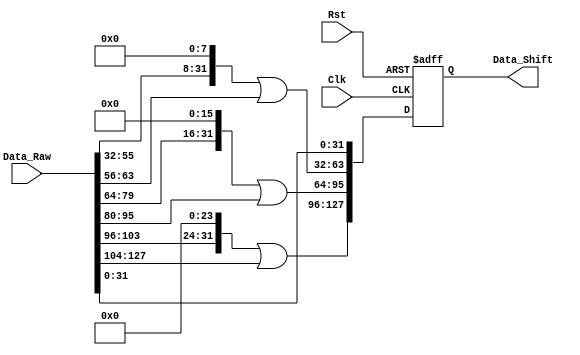
module ShiftRows #(
   parameter  BUS_WIDTH = 128
)(
    input  wire Clk, 
    input  wire Rst,
    input  wire [BUS_WIDTH-1:0] Data_Raw,
    output reg  [BUS_WIDTH-1:0] Data_Shift 
);
wire [31 : 0] Data_Raw_0;
wire [31 : 0] Data_Raw_1;
wire [31 : 0] Data_Raw_2;
wire [31 : 0] Data_Raw_3;


assign  Data_Raw_0 = Data_Raw [31:0];
assign  Data_Raw_1 = Data_Raw [63:32] <<8  | {8'h00,8'h00,8'h00,Data_Raw  [63:56]};
assign  Data_Raw_2 = Data_Raw [95:64] <<16 | {8'h00,8'h00,Data_Raw [95:88],Data_Raw [87:80]} ;
assign  Data_Raw_3 = Data_Raw [127:96]<<24 | {8'h00,Data_Raw [127:120],Data_Raw [119:112],Data_Raw [111:104]};

always @ (posedge Clk or negedge Rst)
    begin
        if (!Rst)
            Data_Shift <= 'd0;
        else 
            Data_Shift <= {Data_Raw_3,Data_Raw_2,Data_Raw_1,Data_Raw_0};
    end

endmodule